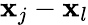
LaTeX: \textbf{x}_{j}-\textbf{x}_{l}